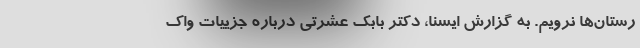
رستان‌ها نرویم. به گزارش ایسنا، دکتر بابک عشرتی درباره جزییات واک